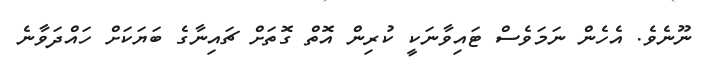
ނޫނެވެ. އެހެން ނަމަވެސް ޓައިވާނަކީ ކުރިން އޮތް ގޮތަށް ޗައިނާގެ ބަޔަކަށް ހައްދަވާނެ